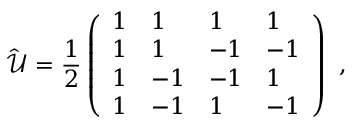
\hat { \mathcal { U } } = \frac { 1 } { 2 } \left( \begin{array} { l l l l } { 1 } & { 1 } & { 1 } & { 1 } \\ { 1 } & { 1 } & { - 1 } & { - 1 } \\ { 1 } & { - 1 } & { - 1 } & { 1 } \\ { 1 } & { - 1 } & { 1 } & { - 1 } \end{array} \right) \mathrm { ~ , ~ }